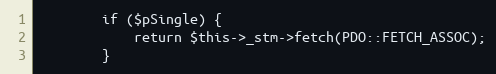
Language: PHP
        if ($pSingle) {
            return $this->_stm->fetch(PDO::FETCH_ASSOC);
        }